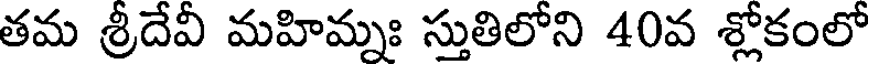
తమ శ్రీదేవీ మహిమ్నః స్తుతిలోని 40వ శ్లోకంలో